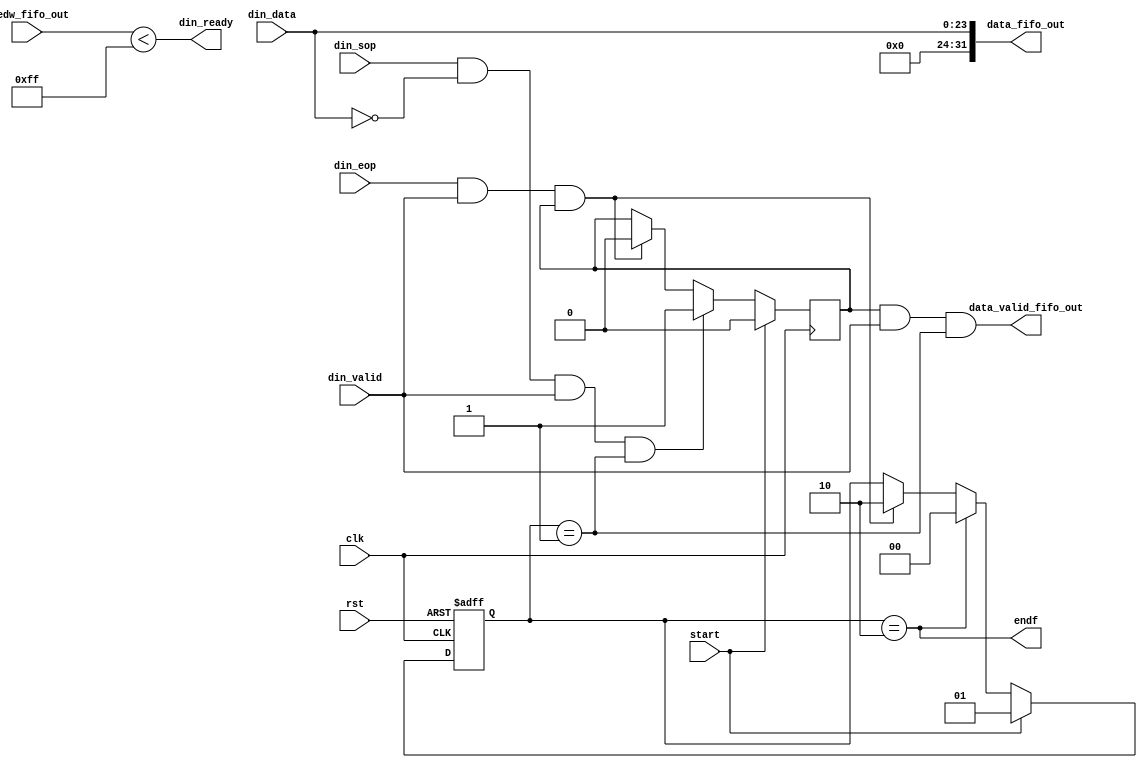
module FrameWriter (
	input clk,
	input rst,
	input [23:0] din_data,
	input din_valid,
	output wire din_ready,
	input wire din_sop,
	input wire din_eop,
	output wire [DATA_WIDTH-1:0] data_fifo_out,
	output wire data_valid_fifo_out,
	input wire [FIFO_DEPTH_LOG2:0] usedw_fifo_out,
	input start,
	output endf
);
	parameter DATA_WIDTH = 32;
	parameter FIFO_DEPTH = 256;
	parameter FIFO_DEPTH_LOG2 = 8;
	reg video_reg;
	wire set_video;
	wire reset_video;
	reg [1:0] run;
	always @ (posedge clk) begin
		if (start == 1) begin
			video_reg <= 0;
		end	else begin
			if (reset_video == 1) begin
				video_reg <= 0;
			end 
			if (set_video == 1) begin
				video_reg <= 1;
			end 
		end
	end
	always @ (posedge clk or posedge rst) begin
		if (rst == 1) begin
			run <= 0;
		end else begin
			if (start == 1) begin
				run <= 1;
			end else begin
				if (reset_video == 1) begin
					run <= 2;
				end
				if (endf == 1) begin
					run <= 0;
				end
			end
		end
	end
	assign set_video = (din_sop == 1) & (din_data == 0) & (din_valid == 1) & (run == 1);
	assign reset_video = (din_eop == 1) & (din_valid == 1) & (video_reg == 1);
	assign data_fifo_out = {8'd0, din_data};
	assign data_valid_fifo_out = (video_reg == 1) & (din_valid == 1) & (run == 1);
	assign din_ready = (usedw_fifo_out < (FIFO_DEPTH - 1));
	assign endf = (run == 2);
endmodule